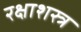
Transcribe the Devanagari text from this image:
रक्षाशस्त्र